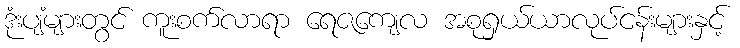
ဒုံးပျံများတွင် ကူးစက်လာရာ ရေဇကျေလ အစုရှယ်ယာလုပ်ငန်းများနှင့်